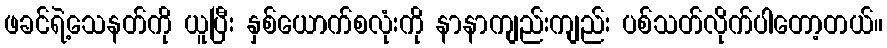
ဖခင်ရဲ့သေနတ်ကို ယူပြီး နှစ်ယောက်စလုံးကို နာနာကျည်းကျည်း ပစ်သတ်လိုက်ပါတော့တယ်။